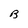
Character: B